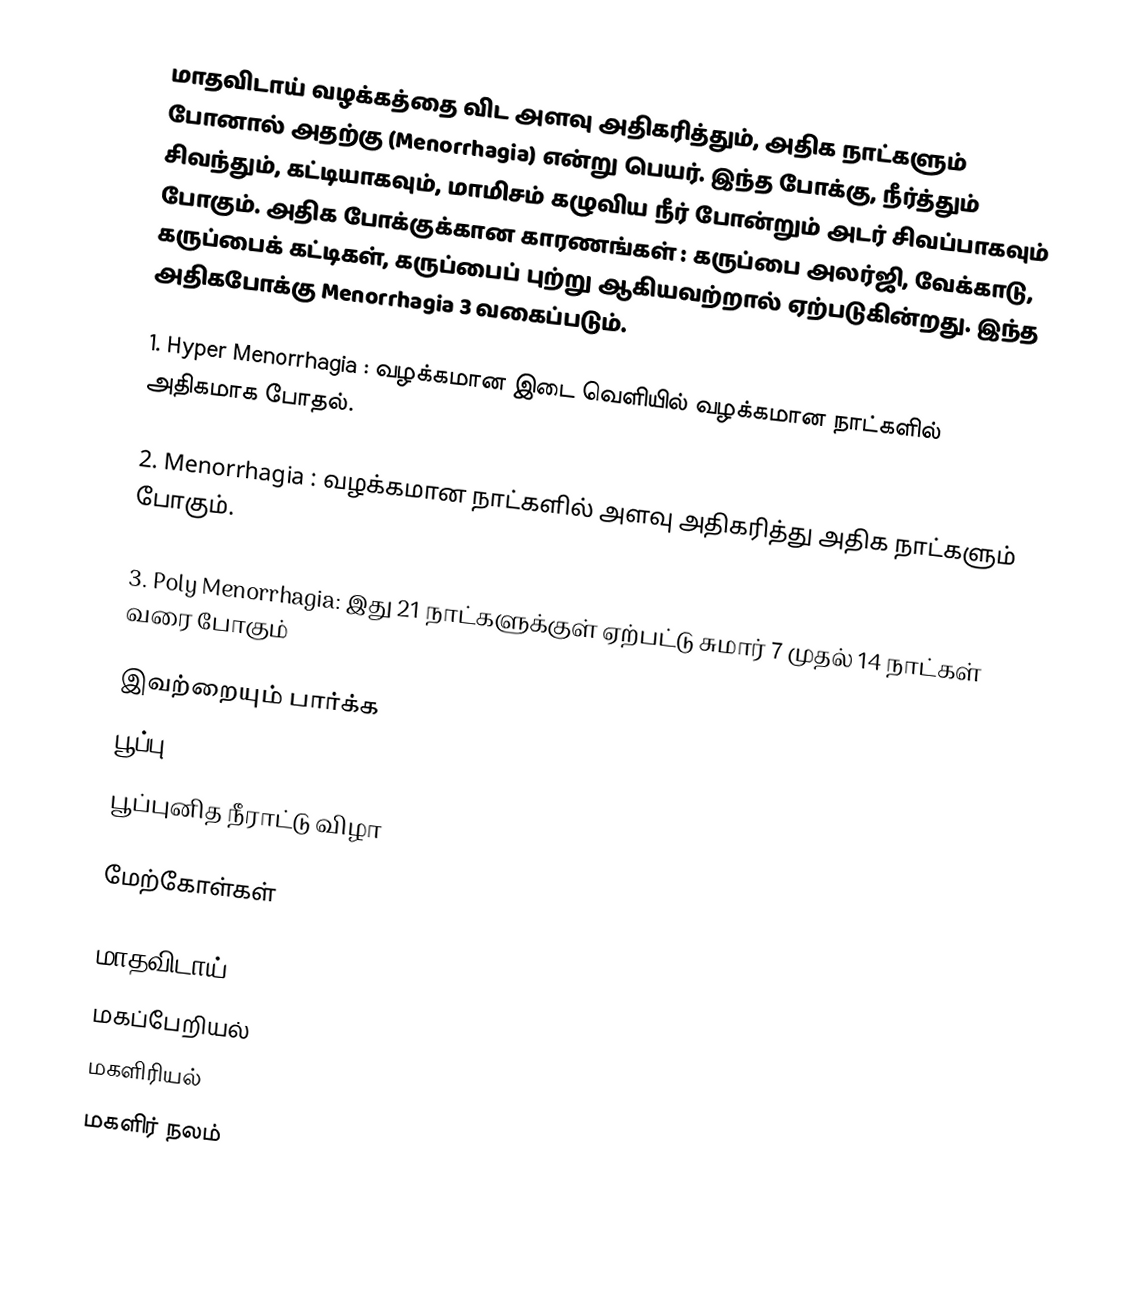
மாதவிடாய் வழக்கத்தை விட அளவு அதிகரித்தும், அதிக நாட்களும் போனால் அதற்கு (Menorrhagia) என்று பெயர். இந்த போக்கு, நீர்த்தும் சிவந்தும், கட்டியாகவும், மாமிசம் கழுவிய நீர் போன்றும் அடர் சிவப்பாகவும் போகும். அதிக போக்குக்கான காரணங்கள் : கருப்பை அலர்ஜி, வேக்காடு, கருப்பைக் கட்டிகள், கருப்பைப் புற்று ஆகியவற்றால் ஏற்படுகின்றது. இந்த அதிகபோக்கு Menorrhagia 3 வகைப்படும்.

1. Hyper Menorrhagia : வழக்கமான இடை வெளியில் வழக்கமான நாட்களில் அதிகமாக போதல்.

2. Menorrhagia : வழக்கமான நாட்களில் அளவு அதிகரித்து அதிக நாட்களும் போகும்.

3. Poly Menorrhagia: இது 21 நாட்களுக்குள் ஏற்பட்டு சுமார் 7 முதல் 14 நாட்கள் வரை போகும்

இவற்றையும் பார்க்க
 பூப்பு
 பூப்புனித நீராட்டு விழா

மேற்கோள்கள்

மாதவிடாய்
மகப்பேறியல்
மகளிரியல்
மகளிர் நலம்